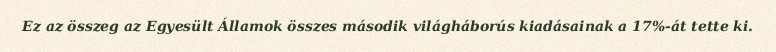
Ez az összeg az Egyesült Államok összes második világháborús kiadásainak a 17%-át tette ki.